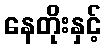
နေတိုးနှင့်